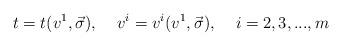
LaTeX: \begin{align*}t=t(v^1,\vec{\sigma}),\;\;\;\;v^i=v^i(v^1,\vec{\sigma}),\;\;\;\;i=2,3,...,m\end{align*}